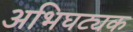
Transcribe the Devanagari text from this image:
अभिघट्यक